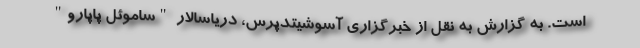
است. به گزارش به نقل از خبرگزاری آسوشیتدپرس، دریاسالار "ساموئل پاپارو"